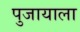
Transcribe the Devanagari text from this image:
पुजायाला